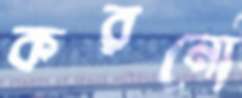
করনো